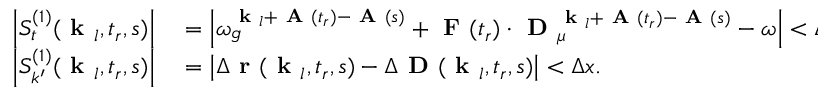
\begin{array} { r l } { \left| S _ { t } ^ { ( 1 ) } ( \textbf { k } _ { l } , t _ { r } , s ) \right| } & { { } = \left| \omega _ { g } ^ { \textbf { k } _ { l } + \textbf { A } ( t _ { r } ) - \textbf { A } ( s ) } + \textbf { F } ( t _ { r } ) \cdot \textbf { D } _ { \mu } ^ { \textbf { k } _ { l } + \textbf { A } ( t _ { r } ) - \textbf { A } ( s ) } - \omega \right| < \Delta E , } \\ { \left| S _ { k ^ { \prime } } ^ { ( 1 ) } ( \textbf { k } _ { l } , t _ { r } , s ) \right| } & { { } = \left| \Delta \textbf { r } ( \textbf { k } _ { l } , t _ { r } , s ) - \Delta \textbf { D } ( \textbf { k } _ { l } , t _ { r } , s ) \right| < \Delta x . } \end{array}